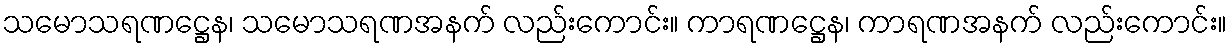
သမောသရဏဋ္ဌေန၊ သမောသရဏအနက် လည်းကောင်း။ ကာရဏဋ္ဌေန၊ ကာရဏအနက် လည်းကောင်း။